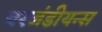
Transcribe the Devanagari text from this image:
बरजंडीयन्स